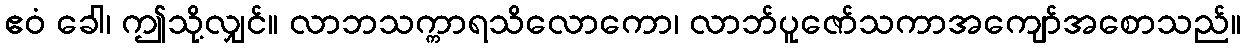
ဧဝံ ခေါ၊ ဤသို့လျှင်။ လာဘသက္ကာရသိလောကော၊ လာဘ်ပူဇော်သကာအကျော်အစောသည်။